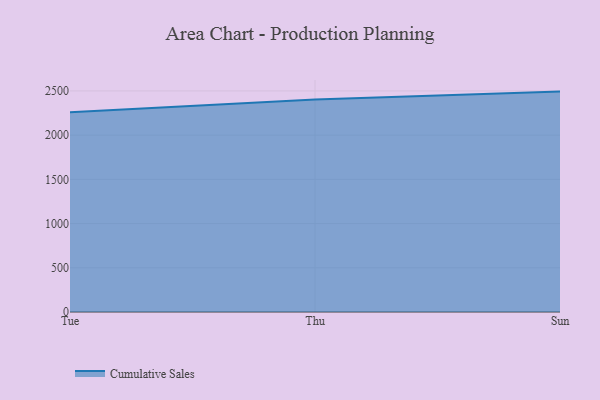
{"axis": {"x": "Day", "y": "Active Users"}, "legend": ["Cumulative Sales"], "data": [{"x": "Tue", "y": 2258.9, "type": "Cumulative Sales"}, {"x": "Thu", "y": 2402.9, "type": "Cumulative Sales"}, {"x": "Sun", "y": 2492.3, "type": "Cumulative Sales"}]}